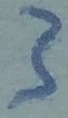
Text: 3